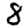
Digit: 8